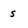
Character: s